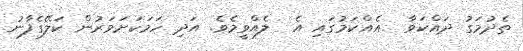
ތެދުމަގު ދައްކަވާ  އެއްކަމުގައި އެ  ލެއްވީމެވެ. އަދި ހަމަކަށަވަރުން ކަލޭގެފާނު